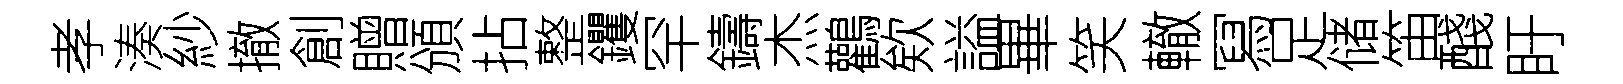
孝湊紗撤創贈頒拈整钁罕鑄杰鸛欸謚畢笑轍冩足储笛醆盱